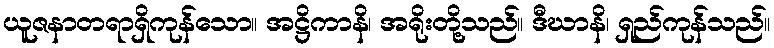
ယူဇနာတရာရှိကုန်သော။ အဋ္ဌိကာနိ၊ အရိုးတို့သည်။ ဒီဃာနိ၊ ရှည်ကုန်သည်။